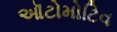
ઑટોમોટિવ